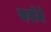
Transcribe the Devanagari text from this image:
वर्गमे